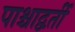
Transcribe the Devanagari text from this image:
पाश्चाद्वर्ती